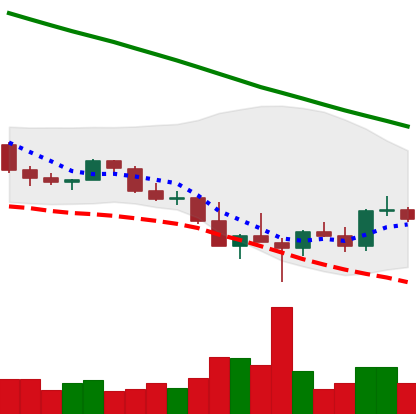
Ticker: ADA-USD
Chart end date: 2022-03-02
Forward return: -15.052%
Label: down_7plus